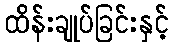
ထိန်းချုပ်ခြင်းနှင့်